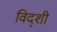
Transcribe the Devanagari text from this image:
विद्शी